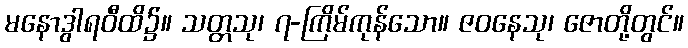
မနောဒွါရဝီထိ၌။ သတ္တသု၊ ၇-ကြိမ်ကုန်သော။ ဇဝနေသု၊ ဇောတို့တွင်။